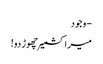
- وجود
میرا کشمیر چھوڑ دو!